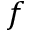
f